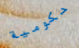
حكومية